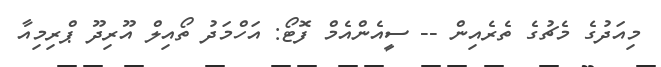
މިއަދުގެ މެޗުގެ ތެރެއިން -- ސީއެންއެމް ފޮޓޯ: އަހްމަދު ތޯއިލް އޫރިދޫ ޕްރިމިއާ